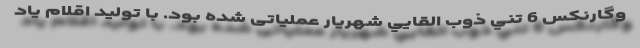
وگارنكس 6 تني ذوب القایي شهريار عملیاتی شده بود. با تولید اقلام یاد